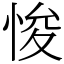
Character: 悛